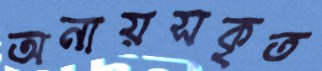
অনায়সকৃত